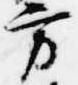
方